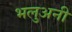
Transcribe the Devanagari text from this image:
भलुअनी